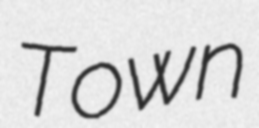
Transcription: Town